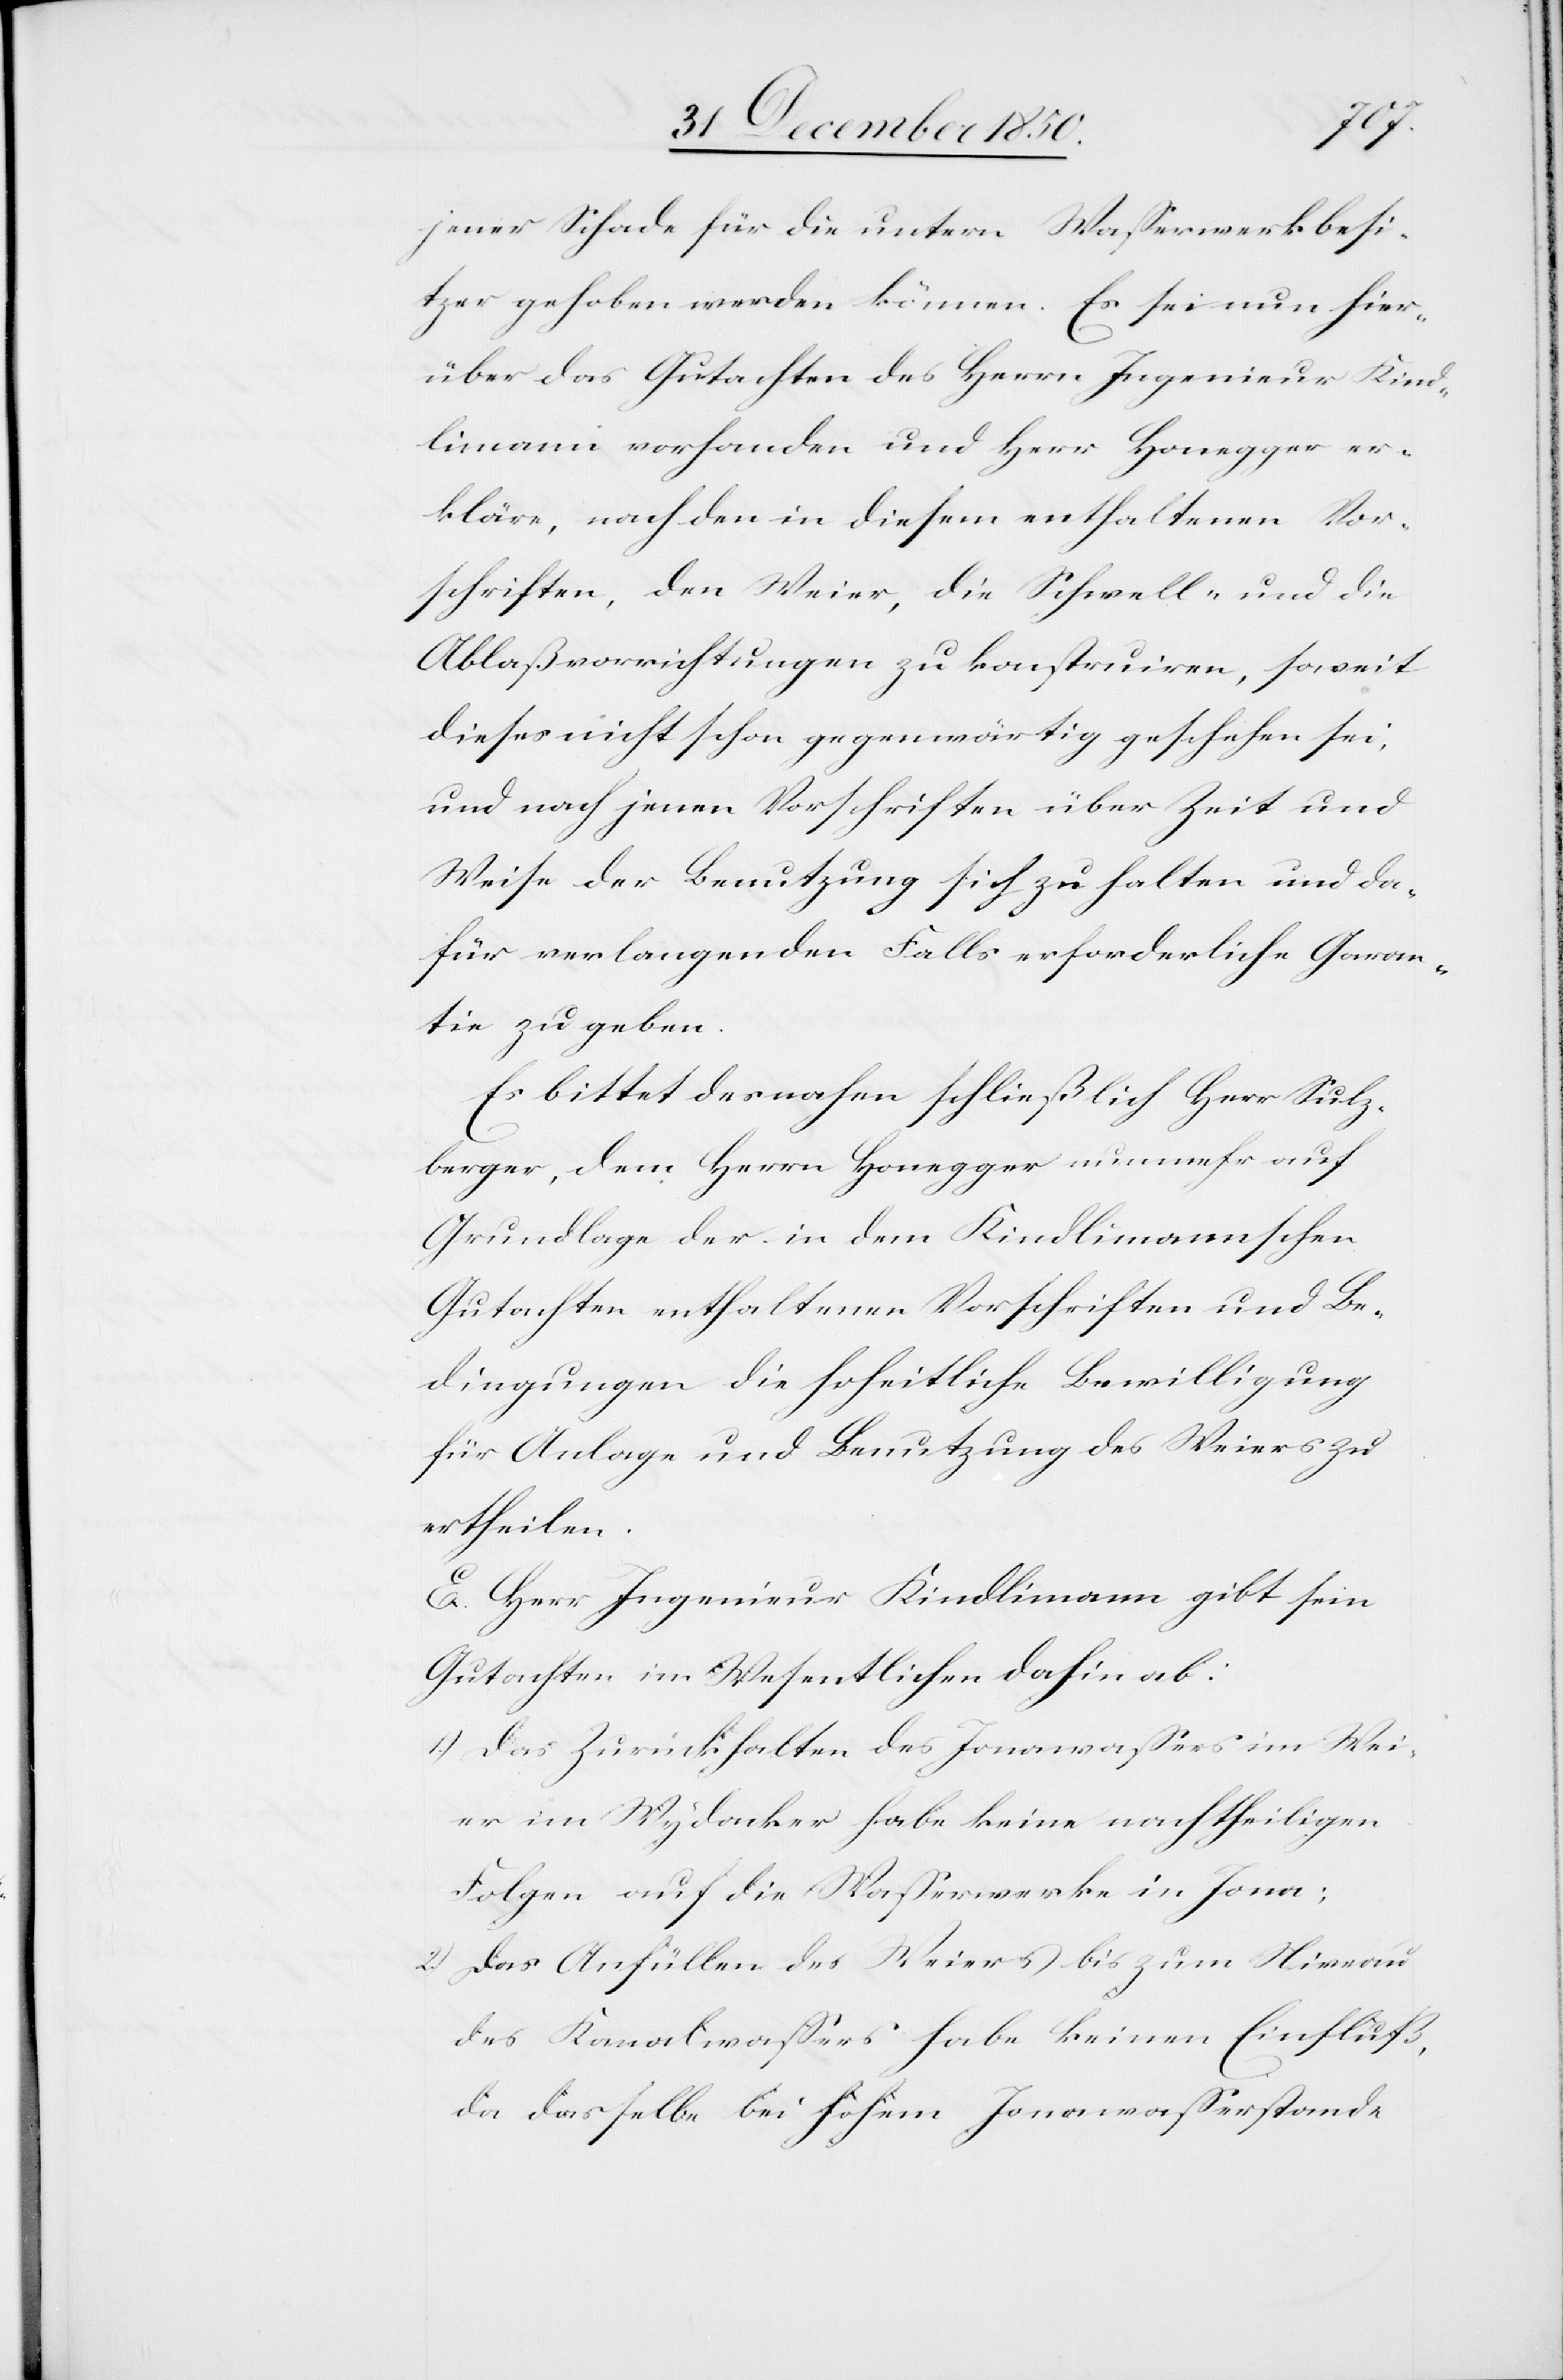
2.)

jener Schade für die untern Wasserwerkbesi¬
tzer gehoben werden können. Es sei nun hier¬
über das Gutachten des Herrn Ingenieur Kind¬
limann vorhanden und Herr Honegger er¬
kläre, nach den in diesem enthaltenen Vor¬
schriften, den Weier, die Schwell- und die
Ablaßvorrichtungen zu konstruiren, soweit
dieses nicht schon gegenwärtig geschehen sei,
und nach jenen Vorschriften über Zeit und
Weise der Benutzung sich zu halten und da¬
für verlangenden Falls erforderliche Garan¬
tie zu geben.
Es bittet desnahen schließlich Herr Sulz¬
berger, dem Herrn Honegger nunmehr auf
Grundlage der in dem Kindlimannschen
Gutachten enthaltenen Vorschriften und Be¬
dingungen die hoheitliche Bewilligung
für Anlage und Benutzung des Weiers zu
ertheilen.
E. Herr Ingenieur Kindlimann gibt sein
Gutachten im Wesentlichen dahin ab:
1.) Das Zurückhalten des Jonawassers im Wei¬
er im Wydacker habe keine nachtheiligen
Folgen auf die Wasserwerke in Jona;
Das Anfüllen des Weiers bis zum Niveau
des Kanalwassers habe keinen Einfluß,
da dasselbe bei hohem Jonawasserstande